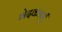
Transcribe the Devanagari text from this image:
भेदकताएँ